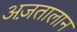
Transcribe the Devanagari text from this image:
अज़तालान